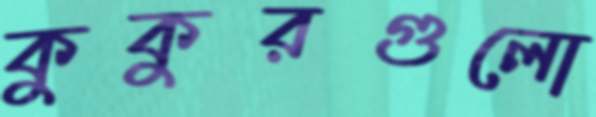
কুকুরগুলো